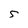
Character: S